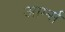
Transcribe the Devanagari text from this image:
आर्म्‍स